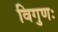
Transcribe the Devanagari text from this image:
विगुणः